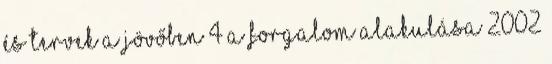
és tervek a jövőben 4 A forgalom alakulása 2002